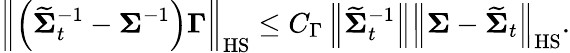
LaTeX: \left\| \left(\widetilde{\boldsymbol{\Sigma}}_{t}^{-1}-\boldsymbol{\Sigma}^{-1}\right)\boldsymbol{\Gamma}\right\| _{\mathrm{HS}}\leq C_{\Gamma}\left\| \widetilde{\boldsymbol{\Sigma}}_{t}^{-1}\right\| \left\| \boldsymbol{\Sigma}-\widetilde{\boldsymbol{\Sigma}}_{t}\right\| _{\mathrm{HS}}.